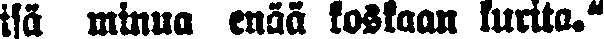
isä minua enää koskaan kurita."